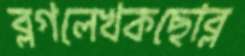
ব্লগলেখকছোব্‌ল